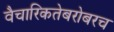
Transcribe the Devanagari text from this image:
वैचारिकतेबरोबरच